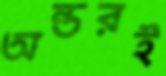
অন্তরই